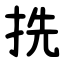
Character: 㧥